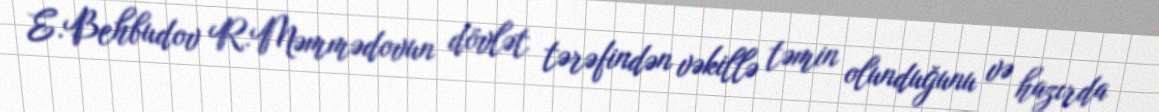
E.Behbudov R.Məmmədovun dövlət tərəfindən vəkillə təmin olunduğunu və hazırda